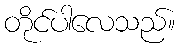
တိုင်ပါလေသည်။